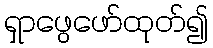
ရှာဖွေဖော်ထုတ်၍